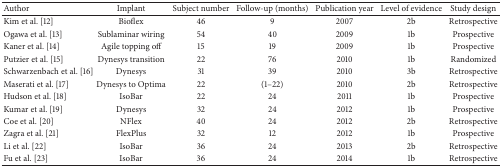
<table><thead><tr><td><b>Author</b></td><td><b>Implant</b></td><td><b>Subject number</b></td><td><b>Follow-up (months)</b></td><td><b>Publication year</b></td><td><b>Level of evidence</b></td><td><b>Study design</b></td></tr></thead><tbody><tr><td>Kim et al. [12]</td><td>Bioflex</td><td>46</td><td>9</td><td>2007</td><td>2b</td><td>Retrospective</td></tr><tr><td>Ogawa et al. [13]</td><td>Sublaminar wiring</td><td>54</td><td>40</td><td>2009</td><td>1b</td><td>Prospective</td></tr><tr><td>Kaner et al. [14]</td><td>Agile topping off</td><td>15</td><td>19</td><td>2009</td><td>1b</td><td>Prospective</td></tr><tr><td>Putzier et al. [15]</td><td>Dynesys transition</td><td>22</td><td>76</td><td>2010</td><td>1b</td><td>Randomized</td></tr><tr><td>Schwarzenbach et al. [16]</td><td>Dynesys</td><td>31</td><td>39</td><td>2010</td><td>3b</td><td>Retrospective</td></tr><tr><td>Maserati et al. [17]</td><td>Dynesys to Optima</td><td>22</td><td>(1–22)</td><td>2010</td><td>2b</td><td>Retrospective</td></tr><tr><td>Hudson et al. [18]</td><td>IsoBar</td><td>22</td><td>24</td><td>2011</td><td>1b</td><td>Prospective</td></tr><tr><td>Kumar et al. [19]</td><td>Dynesys</td><td>32</td><td>24</td><td>2012</td><td>1b</td><td>Prospective</td></tr><tr><td>Coe et al. [20]</td><td>NFlex</td><td>40</td><td>24</td><td>2012</td><td>2b</td><td>Retrospective</td></tr><tr><td>Zagra et al. [21]</td><td>FlexPlus</td><td>32</td><td>12</td><td>2012</td><td>1b</td><td>Prospective</td></tr><tr><td>Li et al. [22]</td><td>IsoBar</td><td>36</td><td>24</td><td>2013</td><td>2b</td><td>Retrospective</td></tr><tr><td>Fu et al. [23]</td><td>IsoBar</td><td>36</td><td>24</td><td>2014</td><td>1b</td><td>Retrospective</td></tr></tbody></table>